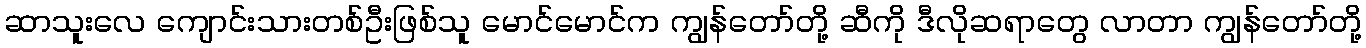
ဆာသူးလေ ကျောင်းသားတစ်ဦးဖြစ်သူ မောင်မောင်က ကျွန်တော်တို့ ဆီကို ဒီလိုဆရာတွေ လာတာ ကျွန်တော်တို့